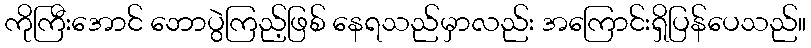
ကိုကြီးအောင် ဘောပွဲကြည့်ဖြစ် နေရသည်မှာလည်း အကြောင်းရှိပြန်ပေသည်။